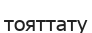
тояттату